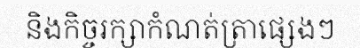
និងកិច្ចរក្សាកំណត់ត្រាផ្សេងៗ